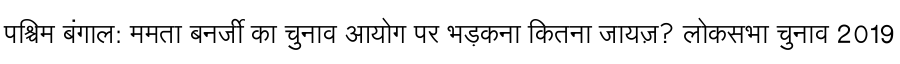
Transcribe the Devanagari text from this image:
पश्चिम बंगाल: ममता बनर्जी का चुनाव आयोग पर भड़कना कितना जायज़? लोकसभा चुनाव 2019